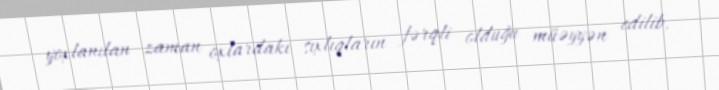
yoxlanılan zaman oxlardakı sıxlıqların fərqli olduğu müəyyən edilib.